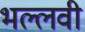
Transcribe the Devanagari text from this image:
भल्लवी